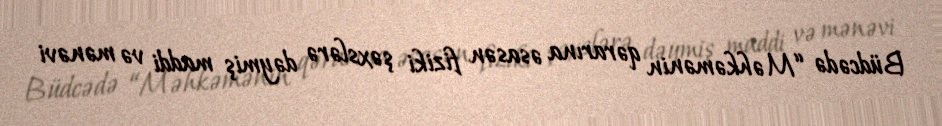
Büdcədə “Məhkəmənin qərarına əsasən fiziki şəxslərə dəymiş maddi və mənəvi